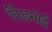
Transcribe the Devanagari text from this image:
पिंडनोई